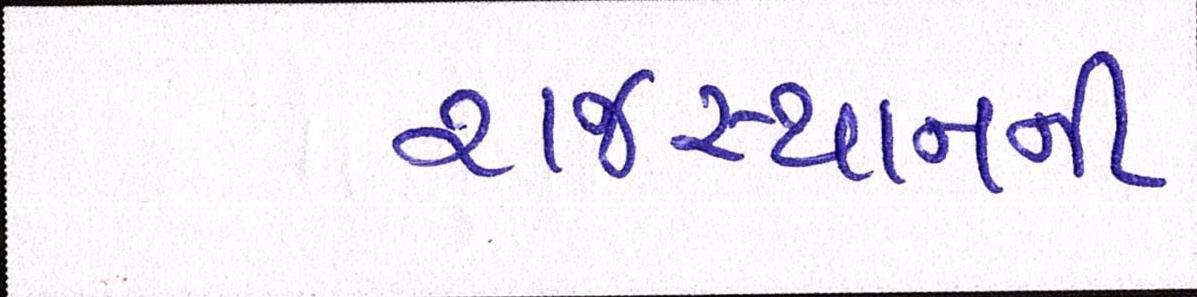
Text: રાજસ્થાનની